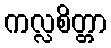
ကလ္လစိတ္တာ